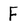
Character: F